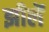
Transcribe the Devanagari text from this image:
झीलॆं